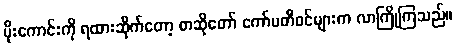
မိုးကောင်းကို ရထားဆိုက်တော့ စာဆိုတော် ကော်မတီဝင်များက လာကြိုကြသည်။